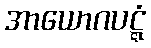
အာယောဂပဋ္ဋံ